65_HS1-834228961_62-HQ-83894_Section_6
Agency: FBI
Page 177
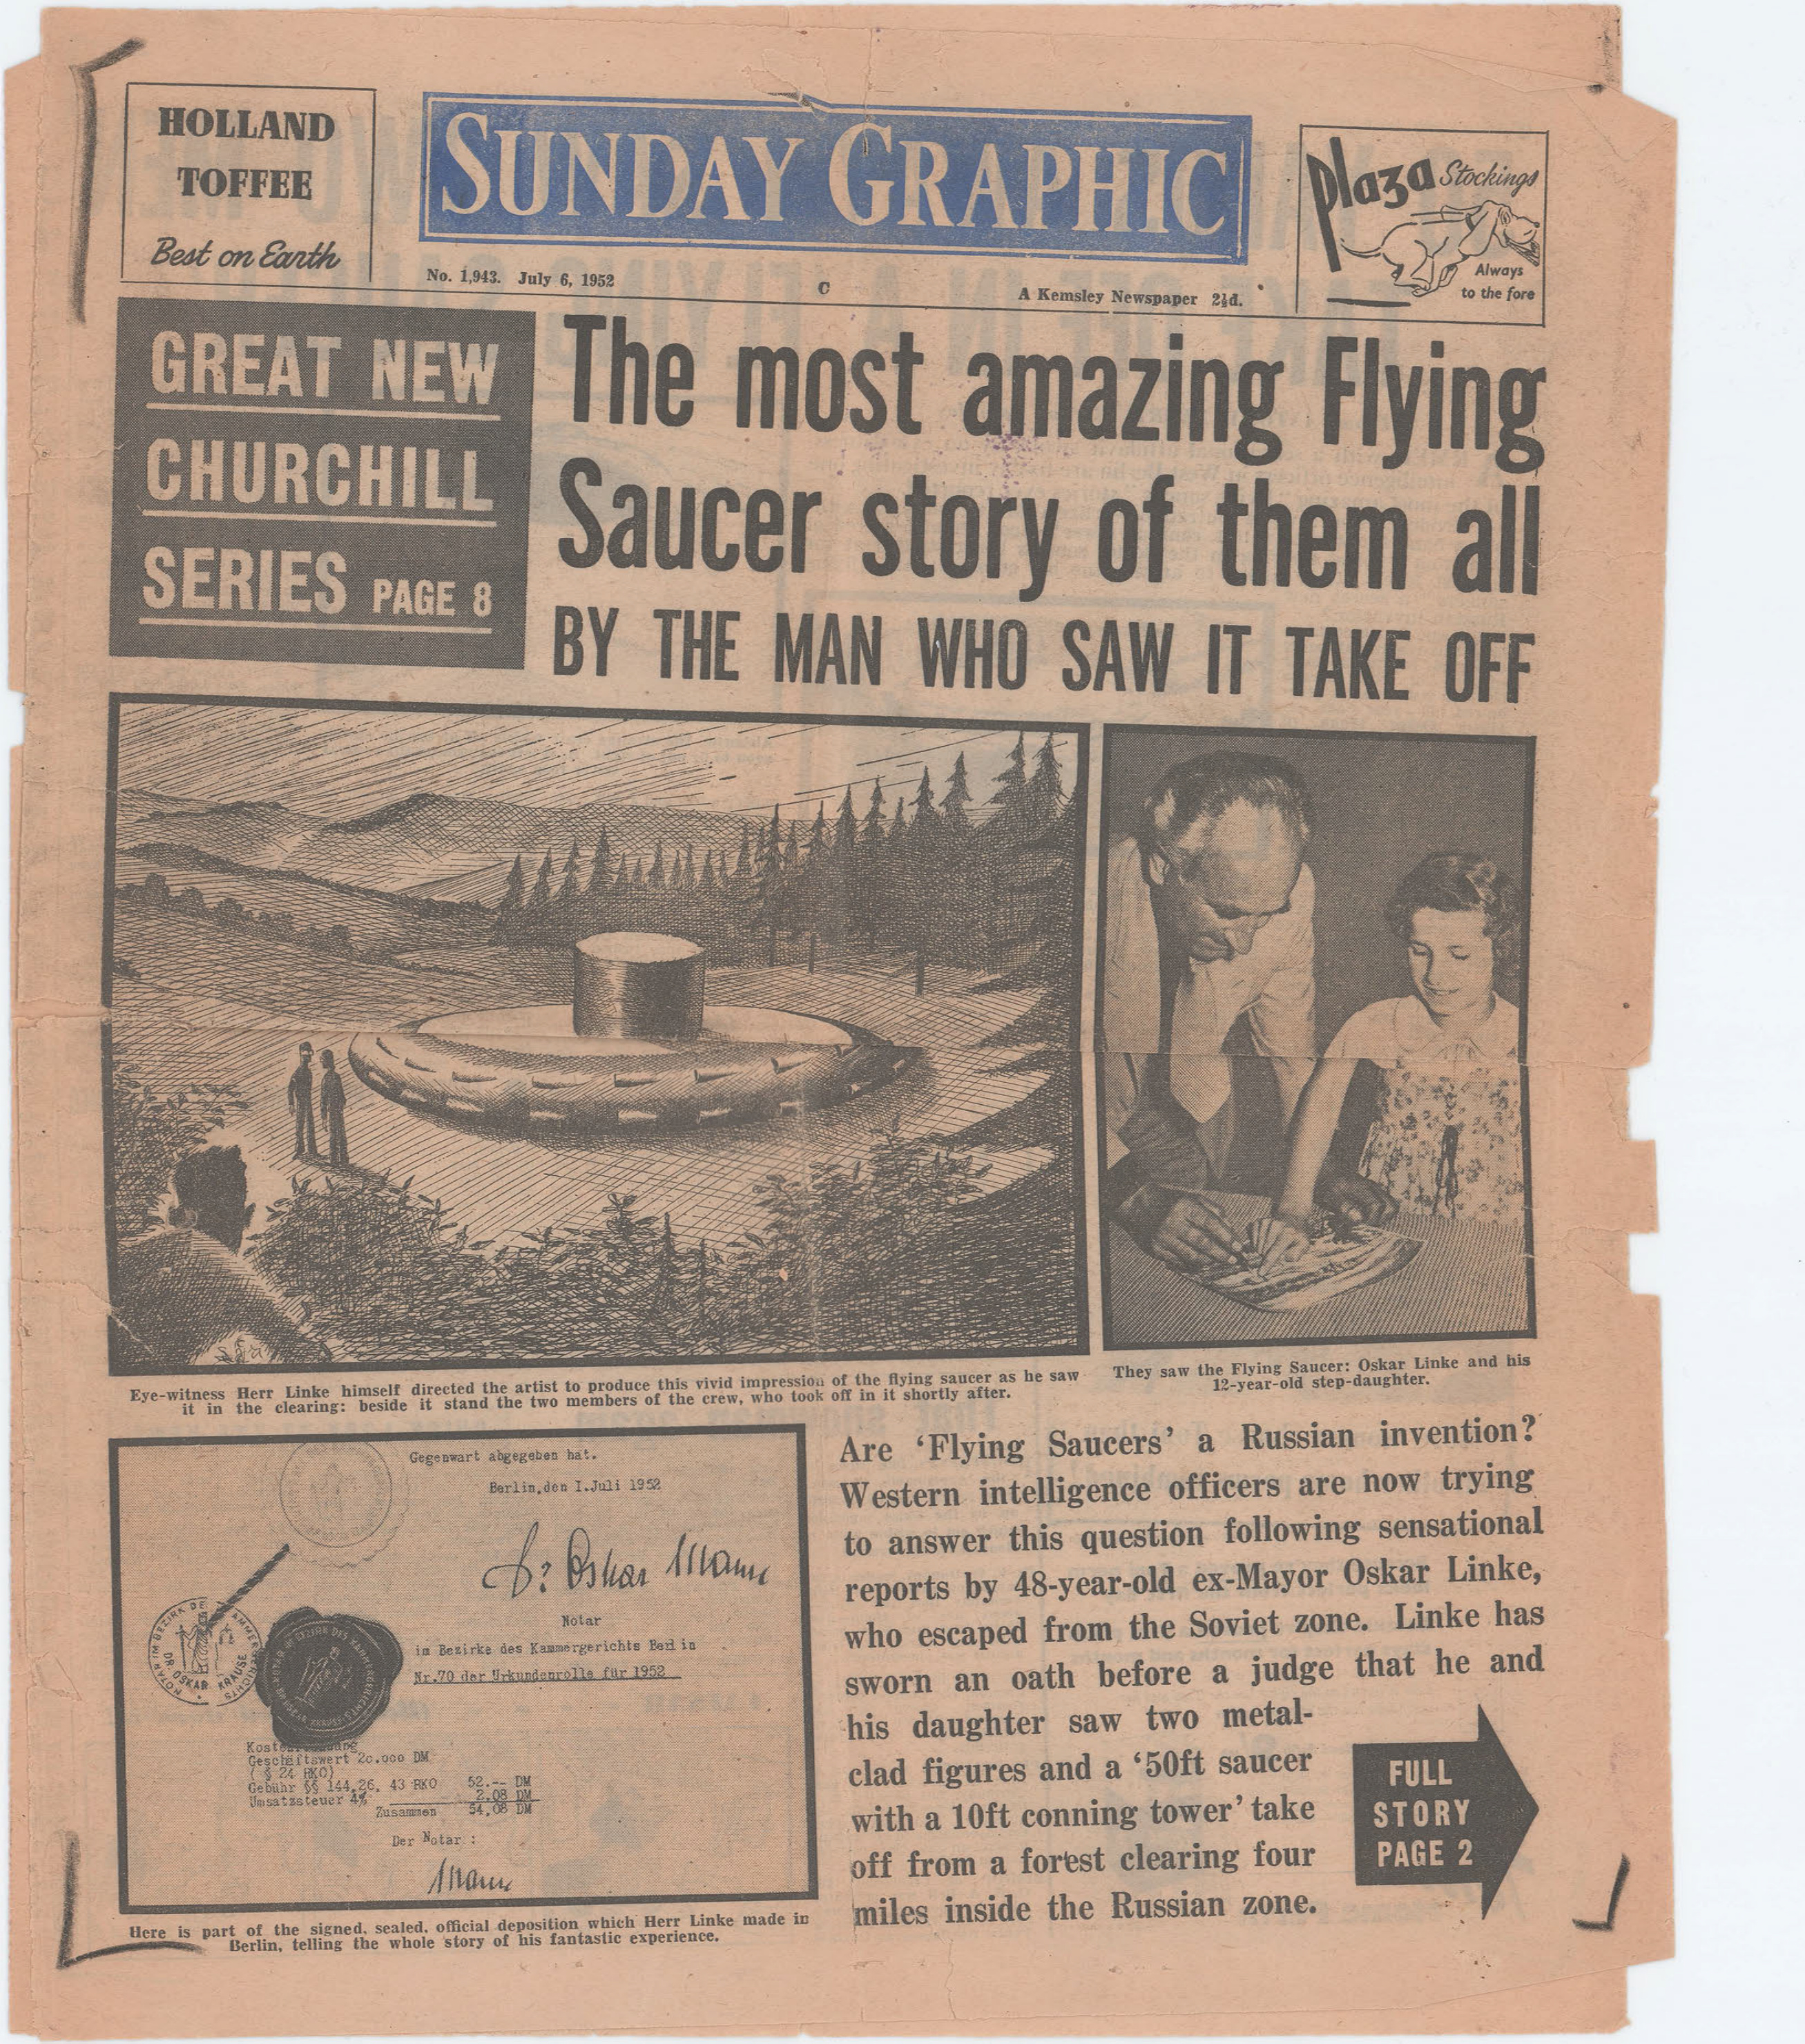